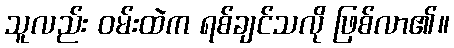
သူလည်း ဝမ်းထဲက ရစ်ချင်သလို ဖြစ်လာ၏။